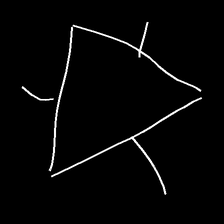
Glyph: fire